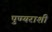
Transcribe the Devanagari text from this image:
पुण्यराशी